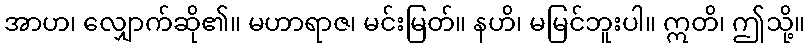
အာဟ၊ လျှောက်ဆို၏။ မဟာရာဇ၊ မင်းမြတ်။ နဟိ၊ မမြင်ဘူးပါ။ ဣတိ၊ ဤသို့။